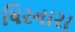
ધિરનારા